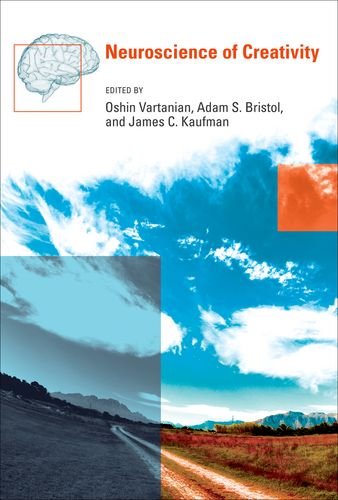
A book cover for Neuroscience of Creativity; Health, Fitness & Dieting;